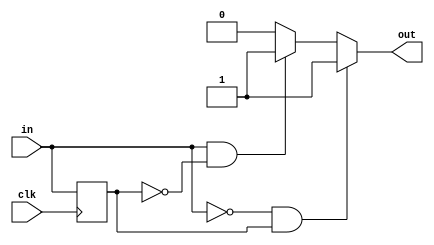
module edge_detector_13 (
    input clk,
    input in,
    output reg out
  );
  
  localparam RISE = 1'h1;
  localparam FALL = 1'h1;
  
  
  reg M_last_d, M_last_q = 1'h0;
  
  always @* begin
    M_last_d = M_last_q;
    
    out = 1'h0;
    M_last_d = in;
    if (1'h1) begin
      if (in == 1'h1 && M_last_q == 1'h0) begin
        out = 1'h1;
      end
    end
    if (1'h1) begin
      if (in == 1'h0 && M_last_q == 1'h1) begin
        out = 1'h1;
      end
    end
  end
  
  always @(posedge clk) begin
    M_last_q <= M_last_d;
  end
  
endmodule